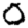
Digit: 0